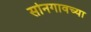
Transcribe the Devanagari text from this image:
सोनगावच्या